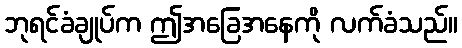
ဘုရင်ခံချုပ်က ဤအခြေအနေကို လက်ခံသည်။